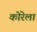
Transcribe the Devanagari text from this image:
कोरेला